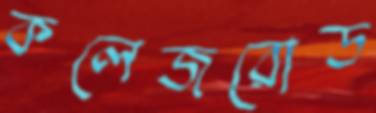
কলেজরোড